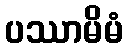
ပဿာမိမံ